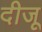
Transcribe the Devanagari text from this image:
दीजू